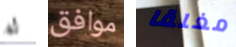
له موافق مغلقا